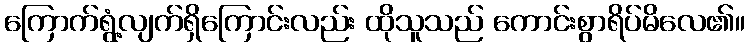
ကြောက်ရွံ့လျက်ရှိကြောင်းလည်း ထိုသူသည် ကောင်းစွာရိပ်မိလေ၏။